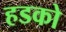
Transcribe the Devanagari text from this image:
हडको